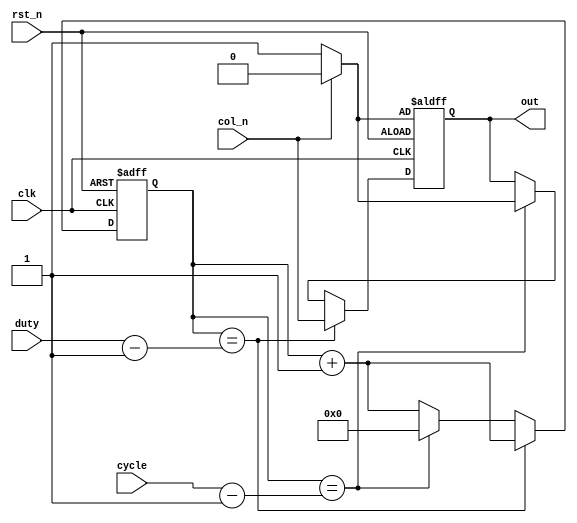


module PwmGenor(
	clk,
	rst_n,
	col_n,
	cycle,
	duty,
	out
);

parameter OUT0        = 1'b0;
parameter CYCLE_WIDTH = 8;
parameter DUTY_WIDTH  = CYCLE_WIDTH;

input                  clk;
input                  rst_n;
input                  col_n;
input[CYCLE_WIDTH-1:0] cycle;
input[DUTY_WIDTH -1:0] duty;
output                 out;

reg                   out;
wire                  out0;
reg [CYCLE_WIDTH-1:0] cnt;
wire[CYCLE_WIDTH-1:0] r_cycle;
wire[DUTY_WIDTH -1:0] r_duty;

assign r_cycle = cycle - 1'b1;
assign r_duty  = duty  - 1'b1;
assign out0    = col_n ? OUT0 : (~OUT0);

always@(posedge clk or negedge rst_n) begin
	if(!rst_n) begin
		cnt <= 1'b0;
		out <= out0;
	end else begin
		cnt <= cnt + 1'b1;
		if(cnt == r_duty) begin
			out <= ~out0;
		end else if(cnt == r_cycle) begin
			out <= out0;
			cnt <= 1'b0;
		end
	end
end

endmodule